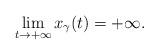
LaTeX: \begin{align*}\lim_{t\to+\infty} x_\gamma(t)=+\infty.\end{align*}